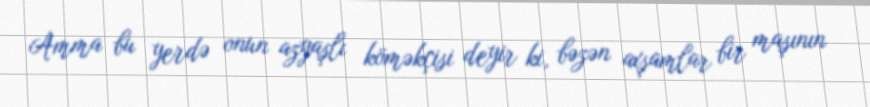
Amma bu yerdə onun azyaşlı köməkçisi deyir ki, bəzən axşamlar bir maşının